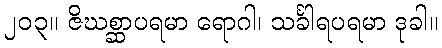
၂၀၃။ ဇိဃစ္ဆာပရမာ ရောဂါ၊ သင်္ခါရပရမာ ဒုခါ။